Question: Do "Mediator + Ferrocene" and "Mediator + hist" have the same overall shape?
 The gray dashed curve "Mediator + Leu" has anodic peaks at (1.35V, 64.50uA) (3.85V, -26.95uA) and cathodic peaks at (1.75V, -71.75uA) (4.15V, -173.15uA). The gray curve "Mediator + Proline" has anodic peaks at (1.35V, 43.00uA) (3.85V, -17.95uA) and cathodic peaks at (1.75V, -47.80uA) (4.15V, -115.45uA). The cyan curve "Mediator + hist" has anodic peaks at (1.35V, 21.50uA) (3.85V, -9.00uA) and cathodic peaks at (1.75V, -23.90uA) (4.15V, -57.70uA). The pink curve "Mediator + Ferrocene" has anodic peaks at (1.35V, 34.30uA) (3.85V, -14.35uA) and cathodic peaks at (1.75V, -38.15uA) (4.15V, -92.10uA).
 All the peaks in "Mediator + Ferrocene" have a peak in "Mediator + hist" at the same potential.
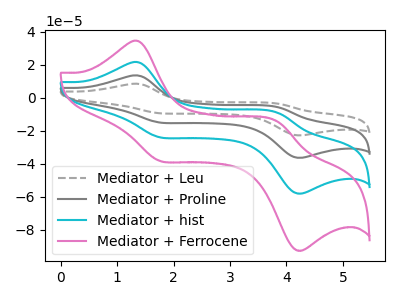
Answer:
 <answer>"Mediator + Ferrocene" and "Mediator + hist" are similar in shape.</answer>
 <eval>same_shape</eval>